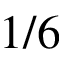
1 / 6